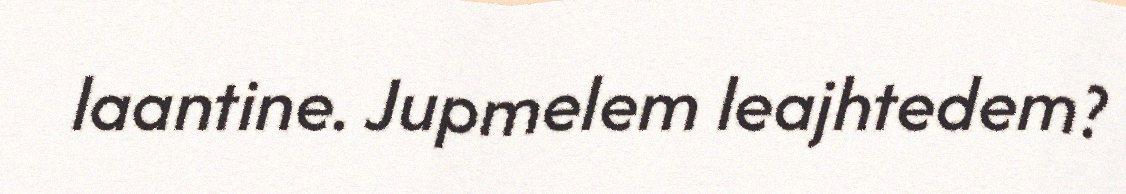
laantine. Jupmelem leajhtedem?